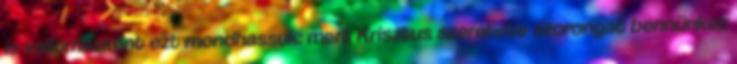
is vallomásként ezt mondhassuk: mert Krisztus szeretete szorongat bennünket